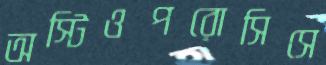
অস্টিওপরোসিসে